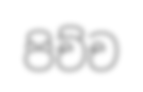
පිච්ච